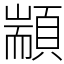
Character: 顓